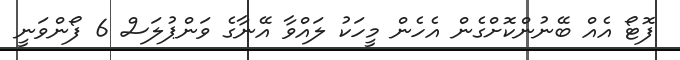
ފޮޓޯ އެއް ބޭނުންކޮށްގެން އެހެން މީހަކު ލައްވާ އޭނާގެ ވަންޕުލަސް 6 ފޯންވަނީ